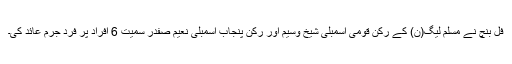
فل بنچ نے مسلم لیگ(ن) کے رکن قومی اسمبلی شیخ وسیم اور رکن پنجاب اسمبلی نعیم صفدر سمیت 6 افراد پر فرد جرم عائد کی۔